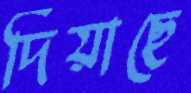
দিয়াছে